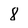
Character: 8